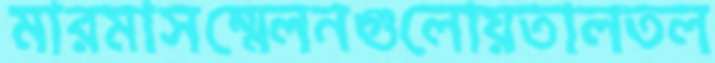
মারমাসম্মেলনগুলোয়তালতল